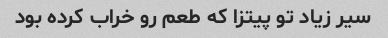
سیر زیاد تو پیتزا که طعم رو خراب کرده بود